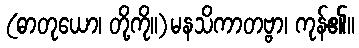
(ဓာတုယော၊ တို့ကို။)မနသိကာတဗ္ဗာ၊ ကုန်၏။